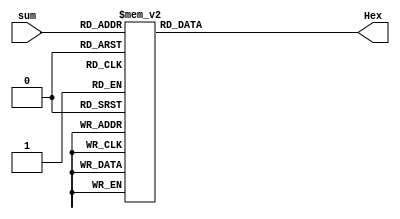
module DisplayF(sum, Hex );

input [3:0] sum;
output reg [6:0] Hex;

always @(*)
begin
Hex = 7'b1111111;
 case(sum)
  4'b0000: Hex = 7'b0000001;
  4'b0001: Hex = 7'b1001111;
  4'b0010: Hex = 7'b0010010;                                                                                                                                                                                                                                                                                                                                                                                                                                                                                                                                                                                                                                                                                                                                                                                                                                              
  4'b0011: Hex = 7'b0000110;
  4'b0100: Hex = 7'b1001100;
  4'b0101: Hex = 7'b0100100;
  4'b0110: Hex = 7'b0100000;
  4'b0111: Hex = 7'b0001111;
  4'b1000: Hex = 7'b0000000;
  4'b1001: Hex = 7'b0001100;
  default: Hex = 7'b1111111;
 endcase
end

endmodule